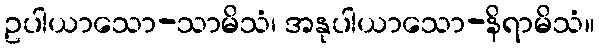
ဥပါယာသော-သာမိသံ၊ အနုပါယာသော-နိရာမိသံ။